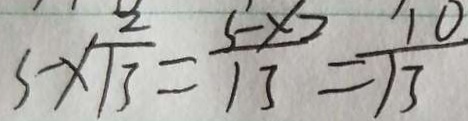
5 \times \frac { 2 } { 1 3 } = \frac { 5 \times 2 } { 1 3 } = \frac { 1 0 } { 1 3 }